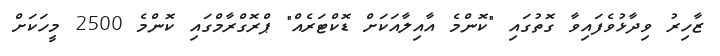
ޒާހިރު ވިދާޅުވެފައިވާ ގޮތުގައި "ކޮންމެ އާއިލާއަކަށް ޑޮކްޓަރެއް" ޕްރޮގްރާމްގައި ކޮންމެ 2500 މީހަކަށް